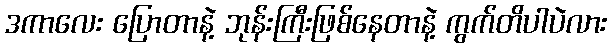
ဒကာလေး ပြောတာနဲ့ ဘုန်းကြီးဖြစ်နေတာနဲ့ ကွက်တိပါပဲလား